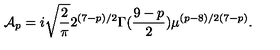
{ \cal A } _ { p } = i \sqrt { \frac { 2 } { \pi } } { 2 ^ { ( 7 - p ) / 2 } } { \Gamma ( \frac { 9 - p } { 2 } ) } \mu ^ { ( p - 8 ) / 2 ( 7 - p ) } .